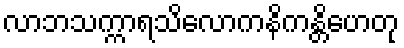
လာဘသက္ကာရသိလောကနိကန္တိဟေတု